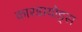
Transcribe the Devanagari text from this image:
कारडायोड्स